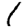
Digit: 1